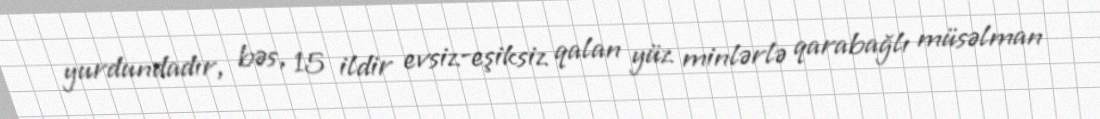
yurdundadır, bəs, 15 ildir evsiz-eşiksiz qalan yüz minlərlə qarabağlı müsəlman